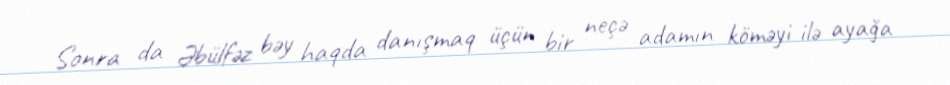
Sonra da Əbülfəz bəy haqda danışmaq üçün bir neçə adamın köməyi ilə ayağa